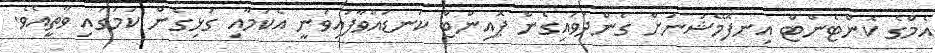
އެމްގެ ކޮންޓެންޓް އިނފޮމޭޝަނަށް ގެންދަވައިގެން ޕޮއިންޓް ކަނޑުއްވާފައިވަނީ އެކަމާއި ގުޅިގެން ކަމުގައި ވާތީއެވެ.